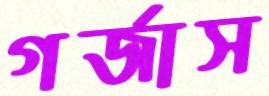
গর্জাস